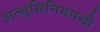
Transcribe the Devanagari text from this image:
अल्युमिनियमची